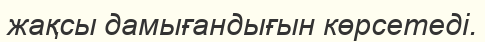
жақсы дамығандығын көрсетеді.